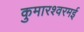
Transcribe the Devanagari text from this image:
कुमारश्‍वरमई